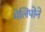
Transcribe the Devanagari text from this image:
मेलिपोने